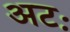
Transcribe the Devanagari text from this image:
अटः